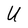
Character: U